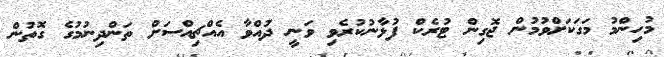
މުހިންމު މަގަކަށްވުމުން ޖޮގިން ޓުރެކް ފުޅާނުކުރެވި ވަނީ ދުއްވާ އެއްޗިއްސަށް ތަންދިނުމުގެ ގޮތުން